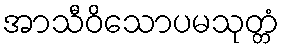
အာသီဝိသောပမသုတ္တံ